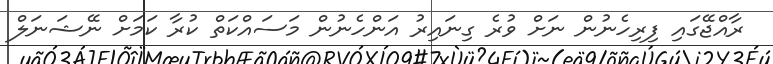
ރާއްޖޭގައި ފިރިހެނުން ނަށް ވުރެ ގިނައިރު އަންހެނުން މަސައްކަތް ކުރާ ކަމަށް ނޭޝަނަލް